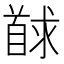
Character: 𮩢